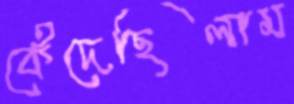
কেঁদেছিলাম